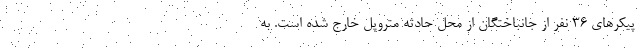
پیکرهای ۳۶ نفر از جانباختگان از محل حادثه متروپل خارج شده است. به